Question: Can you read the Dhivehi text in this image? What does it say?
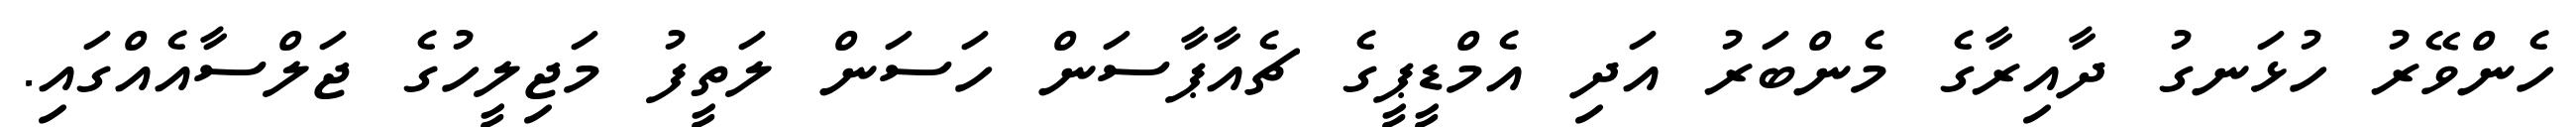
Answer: ހެންވޭރު ހުޅަނގު ދާއިރާގެ މެންބަރު އަދި އެމްޑީޕީގެ ޗެއާޕާސަން ހަސަން ލަތީފު މަޖިލީހުގެ ޖަލްސާއެއްގައި.